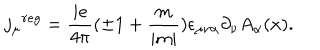
{ j _ { \mu } } ^ { r e g } = \frac { i e } { 4 \pi } ( \pm 1 + \frac { m } { | m | } ) \epsilon _ { \mu \nu \alpha } \partial _ { \nu } A _ { \alpha } ( x ) .